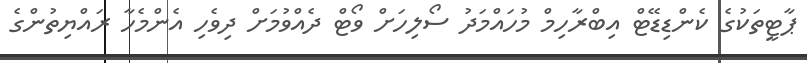
ޕާޓީތަކުގެ ކެންޑިޑޭޓް އިބްރާހިމް މުހައްމަދު ސޯލިހަށް ވޯޓް ދެއްވުމަށް ދިވެހި އެންމެހާ ރައްޔިތުންގެ